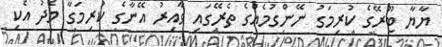
ޔާޔާ ޓޫރޭގެ ކުރިމަގު ނޭންގުމެއްގެ ތެރޭގައި ވާއިރު އޭނާގެ ކުރިމަގާ މެދު އެކި